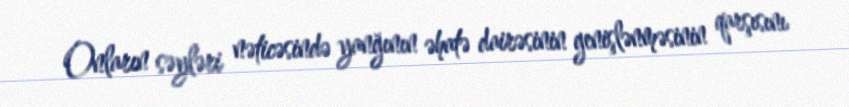
Onların səyləri nəticəsində yanğının əhatə dairəsinin genişlənməsinin qarşısını